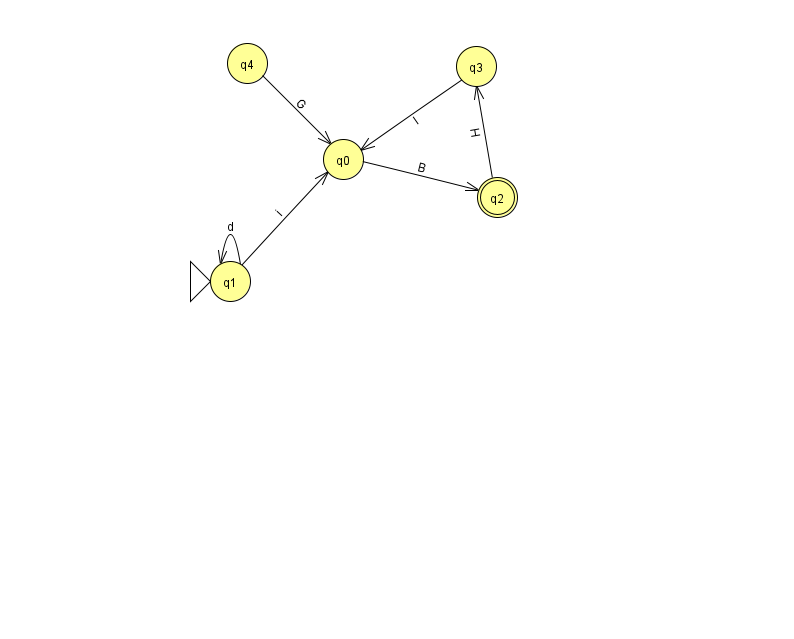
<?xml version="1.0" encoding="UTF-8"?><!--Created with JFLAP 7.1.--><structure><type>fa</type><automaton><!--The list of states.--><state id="0" name="q0"><x>343.0</x><y>146.0</y></state><state id="1" name="q1"><x>230.0</x><y>268.0</y><initial/></state><state id="2" name="q2"><x>497.0</x><y>184.0</y><final/></state><state id="3" name="q3"><x>476.0</x><y>53.0</y></state><state id="4" name="q4"><x>247.0</x><y>50.0</y></state><!--The list of transitions.--><transition><from>2</from><to>3</to><read>H</read></transition><transition><from>0</from><to>2</to><read>B</read></transition><transition><from>3</from><to>0</to><read>I</read></transition><transition><from>1</from><to>1</to><read>d</read></transition><transition><from>4</from><to>0</to><read>G</read></transition><transition><from>1</from><to>0</to><read>i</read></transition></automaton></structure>